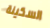
السكينة